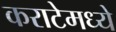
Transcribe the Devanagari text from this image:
कराटेमध्ये